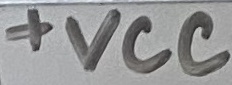
Text: +VCC